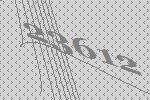
23612